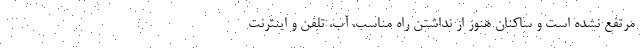
مرتفع نشده است و ساکنان هنوز از نداشتن راه مناسب، آب، تلفن و اینترنت